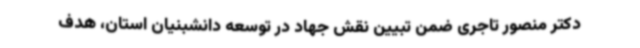
دکتر منصور تاجری ضمن تبیین نقش جهاد در توسعه دانشبنیان استان، هدف